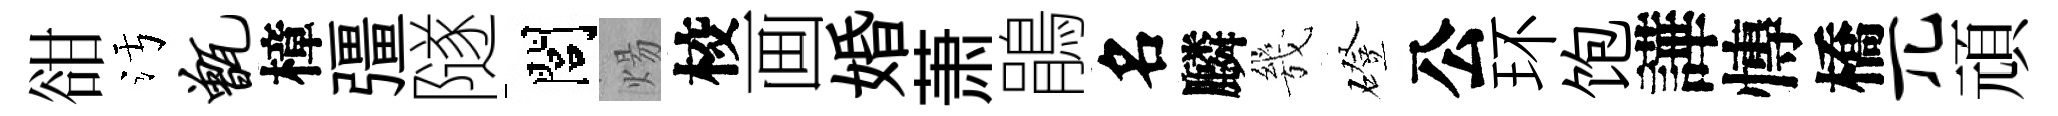
𧮳污甑樟彊隧閭煬校画婚萧鵑名麟㡬磴公环饱譁慱橋兀頑